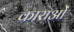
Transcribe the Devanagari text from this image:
काराओं